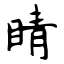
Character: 睛